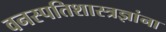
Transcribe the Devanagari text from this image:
वनस्पतिशास्त्रज्ञांना